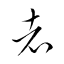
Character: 者